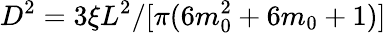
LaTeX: D^{2}=3\xi L^{2}/[\pi(6m_{0}^{2}+6m_{0}+1)]